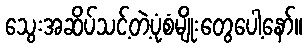
သွေးအဆိပ်သင့်တဲ့ပုံစံမျိုးတွေပေါ့နော်။